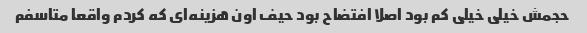
حجمش خیلی خیلی کم بود اصلا افتضاح بود حیف اون هزینه‌ای که کردم واقعا متاسفم